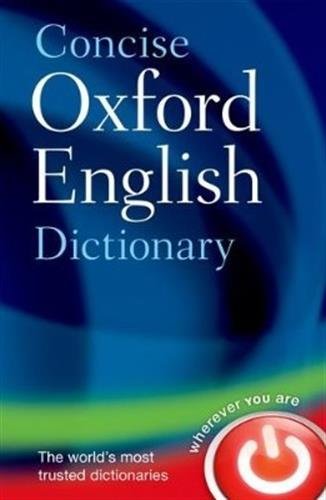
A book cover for Concise Oxford English Dictionary: Main edition; Oxford Dictionaries; Reference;